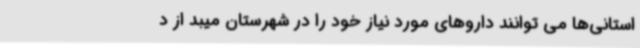
استانی‌ها می توانند داروهای مورد نیاز خود را در شهرستان میبد از د